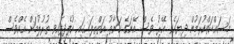
މަސައްކަތްކުރަމުން ދިޔައެވެ. އޭރު ވެސް އޭނަގެ ކަނާތު އަތްތިލައިގައި އުފެދިފައިވި ތުރުލުމަށް އެއްވެސް